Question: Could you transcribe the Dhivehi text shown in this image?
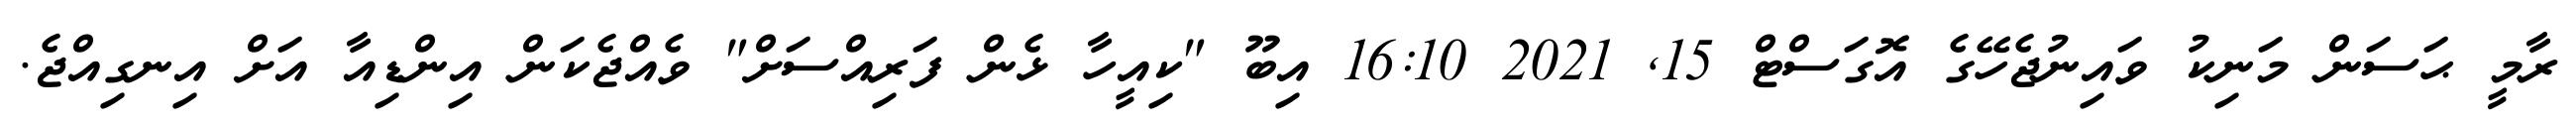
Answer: ރާމީ ޙަސަން މަނިކު ވައިނުޖެހޭގެ އޮގަސްޓް 15, 2021 16:10 އިބޫ "ކިއީހާ ޅެން ފަރިއްސަށް" ވެއްޖެކަން އިންޑިއާ އަށް އިނގިއްޖެ.